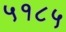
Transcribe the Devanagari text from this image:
५१८५